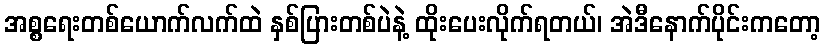
အစ္စရေးတစ်ယောက်လက်ထဲ နှစ်ပြားတစ်ပဲနဲ့ ထိုးပေးလိုက်ရတယ်၊ အဲဒီနောက်ပိုင်းကတော့